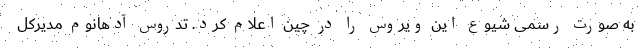
به صورت رسمی شیوع این ویروس را در چین اعلام کرد. تدروس آدهانوم مدیرکل